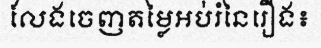
លែងចេញតម្លៃអប់រំនៃរឿង៖